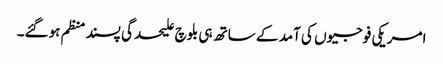
امریکی فوجیوں کی آمد کے ساتھ ہی بلوچ علیحدگی پسند منظم ہوگئے۔